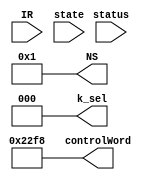
module CU_iFetch(IR, state, status,  NS, k_sel, controlWord);
parameter CUL = 36;
//----DP_reg_sel
input [3:0] state;
input [3:0] status; 
input [31:0] IR;
output [2:0] k_sel;
output [3:0] NS;
output [CUL:0] controlWord;

wire [4:0] SA           = 5'd0;
wire [4:0] SB           = 5'd0;
wire [4:0] DA           = 5'd0;
wire [4:0] FS           = 5'd0;
wire [3:0] NS           = 4'b0001; 
wire w_reg              = 1'b0;
wire C0                 = 1'b0;
wire [1:0] mem_cs       = 2'b10;
wire B_Sel              = 1'b0;
wire mem_write_en       = 1'b0;
wire IR_load            = 1'b1;
wire status_load        = 1'b0;
wire [1:0] size         = 2'b11;
wire add_tri_sel        = 1'b1;
wire [1:0] data_tri_sel = 2'b11;
wire PC_sel             = 1'b0;
wire [1:0] PC_FS        = 2'b00;
wire [2:0] k_sel        = 3'b000;

wire [CUL:0] controlWord = {FS, SA, SB, DA, w_reg, C0, mem_cs, B_Sel, mem_write_en, IR_load, status_load, size, add_tri_sel, data_tri_sel, PC_sel, PC_FS};

endmodule